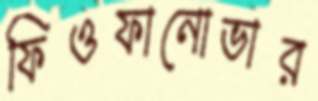
ফিওফানোভার